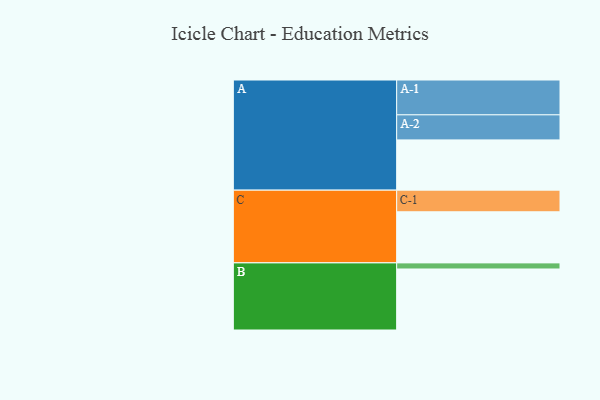
{"axis": {"x": "Segment", "y": "Value"}, "legend": ["", "A", "B", "C"], "data": [{"x": "A", "y": 411, "type": ""}, {"x": "B", "y": 499, "type": ""}, {"x": "C", "y": 418, "type": ""}, {"x": "A-1", "y": 285, "type": "A"}, {"x": "A-2", "y": 205, "type": "A"}, {"x": "B-1", "y": 50, "type": "B"}, {"x": "C-1", "y": 177, "type": "C"}]}